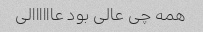
همه چی عالی بود عاااااالی